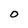
Character: O